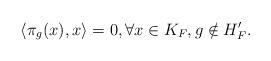
LaTeX: \begin{align*}\langle\pi_{g}(x),x\rangle=0, \forall x\in K_{F}, g\notin H'_{F}.\end{align*}